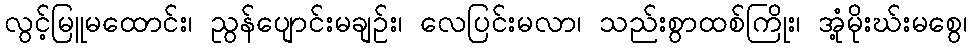
လွင့်မြူမထောင်း၊ ညွန်ပျောင်းမချဉ်း၊ လေပြင်းမလာ၊ သည်းစွာထစ်ကြိုး၊ အုံ့မိုးဃ်းမစွေ၊